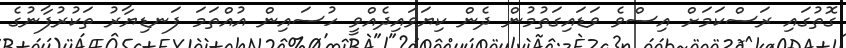
ގޮތުގައި ރަސްކަމަށް އިސްވެ ވަޑައިގަތުމުން ދެން ކިޔަވައިދެއްވީ ހުސައިން އުއްތަމަ ފަނޑިޔާރު ތަކުރުފާނުގެ